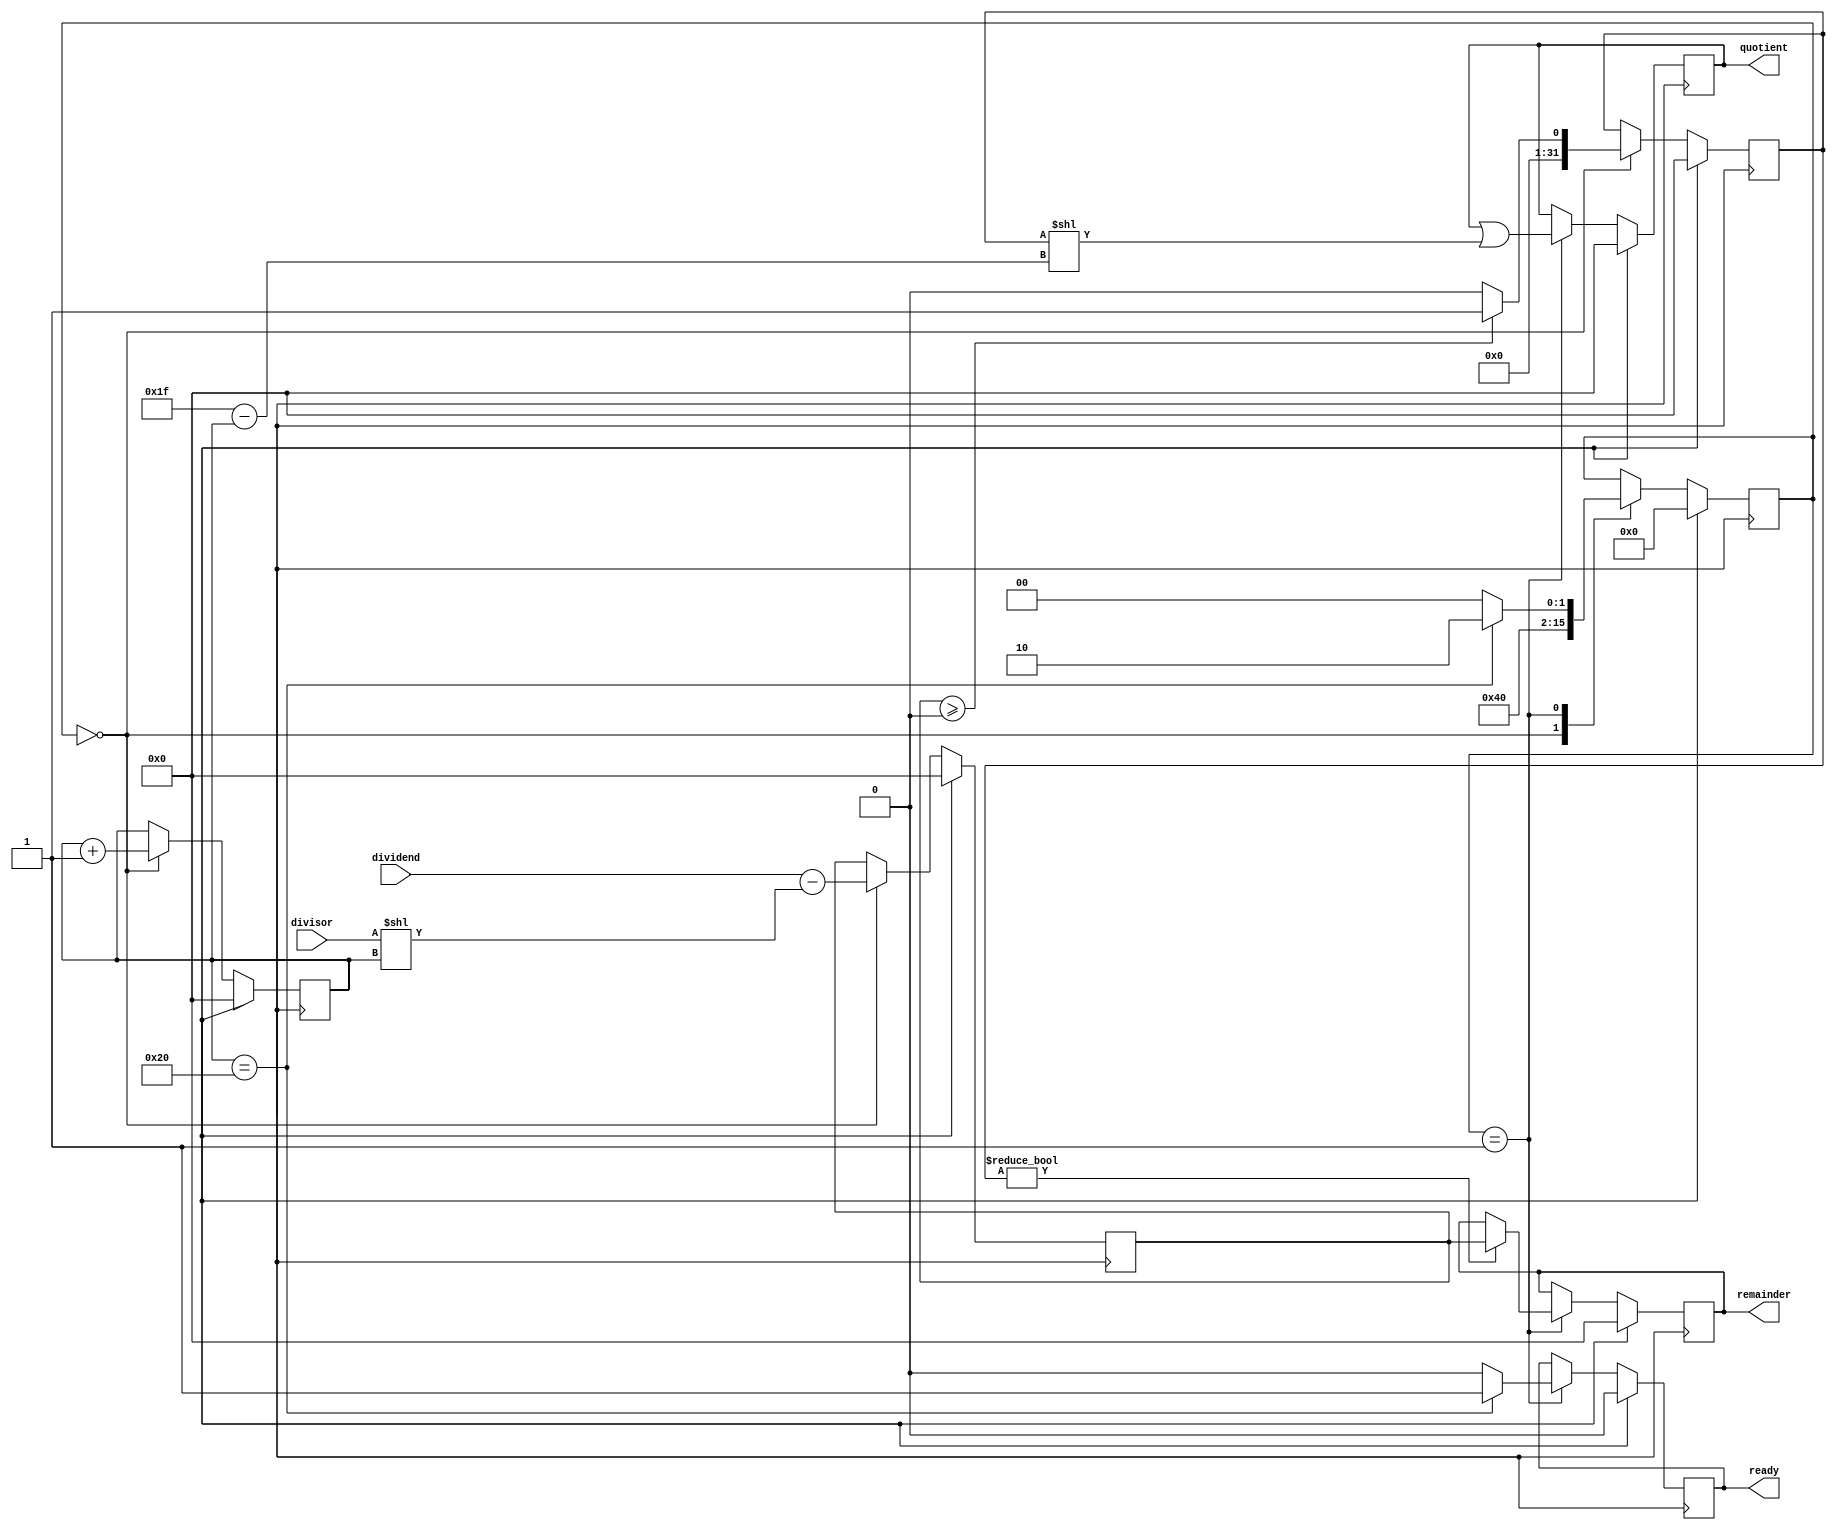
module Pipelined_Divider (
    input wire [31:0] dividend,
    input wire [31:0] divisor,
    output reg [31:0] quotient,
    output reg [31:0] remainder,
    output reg ready
);

reg [31:0] sub_result;
reg [31:0] cmp_result;
reg [31:0] shift_amount;
reg [7:0] stage;

always @ (posedge clk) begin
    if (reset) begin
        quotient <= 0;
        remainder <= 0;
        ready <= 0;
        sub_result <= 0;
        cmp_result <= 0;
        shift_amount <= 0;
        stage <= 0;
    end else begin
        case (stage)
            0: begin
                    sub_result <= dividend - (divisor << shift_amount);
                    cmp_result <= (sub_result >= 0) ? 1 : 0;
                    shift_amount <= shift_amount + 1;
                    stage <= 1;
                end
            1: begin
                    remainder <= cmp_result ? sub_result : remainder;
                    quotient <= quotient | (cmp_result << (31 - shift_amount));
                    ready <= (shift_amount == 32) ? 1 : 0;
                    stage <= (shift_amount == 32) ? 2 : 0;
                end
            2: begin
                    // Additional stages for optimization or error handling
                end
        endcase
    end
end

endmodule